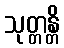
သုတ္တန္တိ